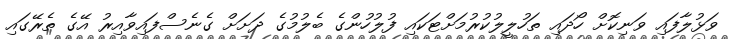
ވަޅުލާފައި ވަނިކޮށް ހޯދައި ތަހުލީލުކުރުމަށްޓަކައި ފުލުހުންގެ ބެލުމުގެ ދަށަށް ގެނެސްފައިވާއިރު އޭގެ ތެރޭގައި